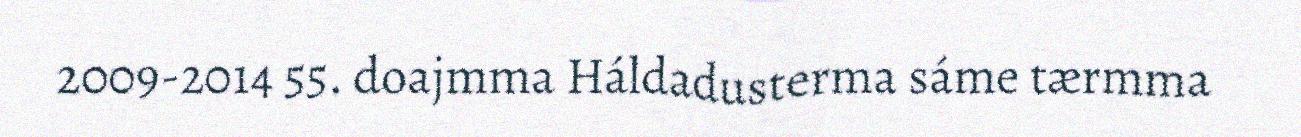
2009-2014 55. doajmma Háldadusterma sáme tærmma